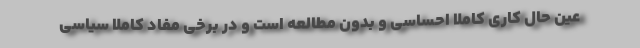
عین حال کاری کاملا احساسی و بدون مطالعه است و در برخی مفاد کاملا سیاسی